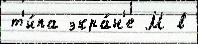
т'и́па экра́н'е М в